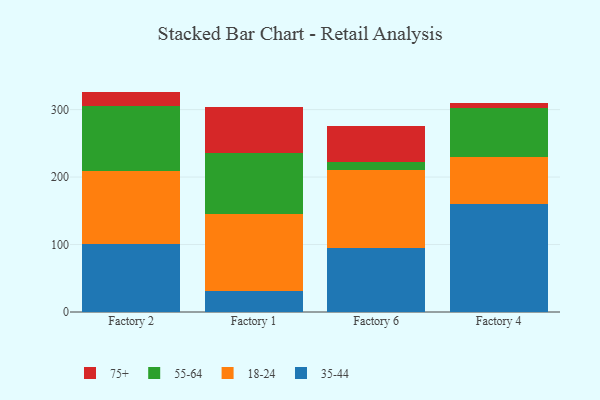
{"axis": {"x": "Factory", "y": "Gross Profit (USD K)"}, "legend": ["18-24", "35-44", "55-64", "75+"], "data": [{"x": "Factory 2", "y": 100.9, "type": "35-44"}, {"x": "Factory 2", "y": 108.3, "type": "18-24"}, {"x": "Factory 2", "y": 95.5, "type": "55-64"}, {"x": "Factory 2", "y": 22.0, "type": "75+"}, {"x": "Factory 1", "y": 31.4, "type": "35-44"}, {"x": "Factory 1", "y": 114.5, "type": "18-24"}, {"x": "Factory 1", "y": 90.5, "type": "55-64"}, {"x": "Factory 1", "y": 67.0, "type": "75+"}, {"x": "Factory 6", "y": 95.2, "type": "35-44"}, {"x": "Factory 6", "y": 114.9, "type": "18-24"}, {"x": "Factory 6", "y": 12.6, "type": "55-64"}, {"x": "Factory 6", "y": 52.7, "type": "75+"}, {"x": "Factory 4", "y": 160.3, "type": "35-44"}, {"x": "Factory 4", "y": 69.3, "type": "18-24"}, {"x": "Factory 4", "y": 73.3, "type": "55-64"}, {"x": "Factory 4", "y": 6.2, "type": "75+"}]}